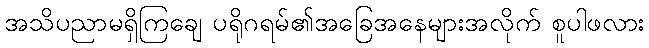
အသိပညာမရှိကြချေ ပရိုဂရမ်၏အခြေအနေများအလိုက် စူပါဖလား